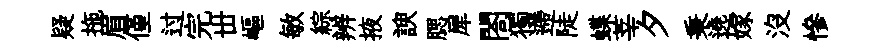
疑拖眉僅过完丗嶇敏綜辨掖諛腮犀閤獨遰陡蝶莘夕秉遶嫁沒慘